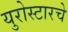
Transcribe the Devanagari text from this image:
युरोस्टारचे